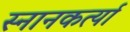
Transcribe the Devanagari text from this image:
स्नानकर्त्या